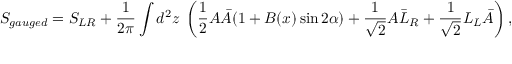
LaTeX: S _ { g a u g e d } = S _ { L R } + \frac { 1 } { 2 \pi } \int d ^ { 2 } z \; \left( \frac { 1 } { 2 } A \bar { A } ( 1 + B ( x ) \sin 2 \alpha ) + \frac { 1 } { \sqrt { 2 } } A \bar { L } _ { R } + \frac { 1 } { \sqrt { 2 } } L _ { L } \bar { A } \right) ,